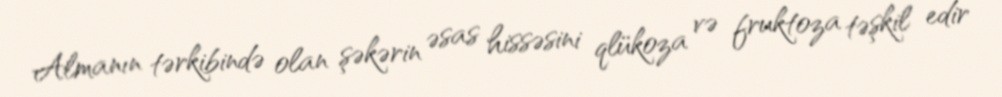
Almanın tərkibində olan şəkərin əsas hissəsini qlükoza və fruktoza təşkil edir